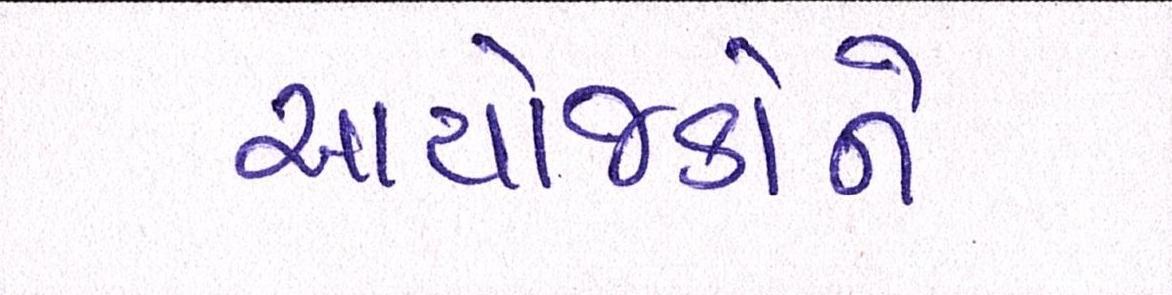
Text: આયોજકોને